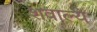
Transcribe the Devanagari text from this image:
शवाल्ये